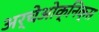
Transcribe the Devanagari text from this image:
अर्चेओक्निक्स